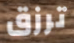
ترزق